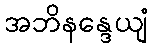
အဘိနန္ဒေယျံ